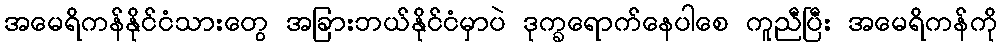
အမေရိကန်နိုင်ငံသားတွေ အခြားဘယ်နိုင်ငံမှာပဲ ဒုက္ခရောက်နေပါစေ ကူညီပြီး အမေရိကန်ကို